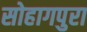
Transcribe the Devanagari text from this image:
सोहागपुरा